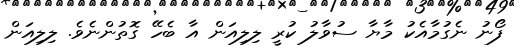
ފޯނު ނެގުމާއެކު މާޔާ ސުވާލު ކުރީ ލިލިއަން އާ ބެހޭ ގޮތުންނެވެ. ލިލިއަން